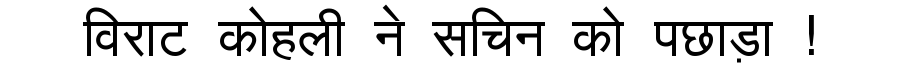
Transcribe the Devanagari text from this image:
विराट कोहली ने सचिन को पछाड़ा !